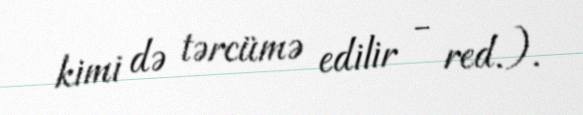
kimi də tərcümə edilir - red.).